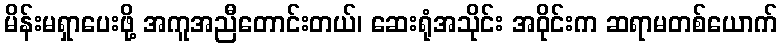
မိန်းမရှာပေးဖို့ အကူအညီတောင်းတယ်၊ ဆေးရုံအသိုင်း အဝိုင်းက ဆရာမတစ်ယောက်